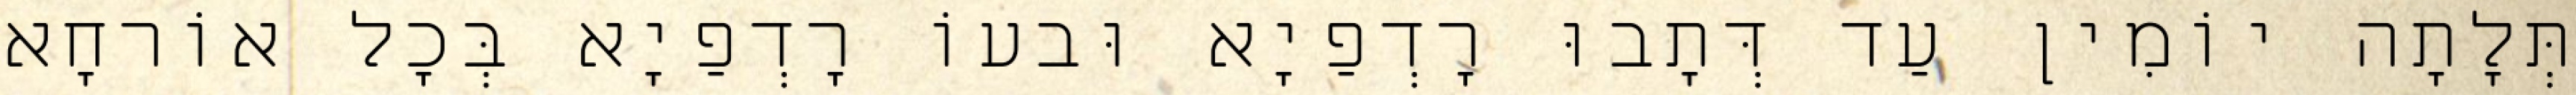
תְּלָתָה יוֹמִין עַד דְּתָבוּ רָדְפַיָא וּבעוֹ רָדְפַיָא בְּכָל אוֹרחָא